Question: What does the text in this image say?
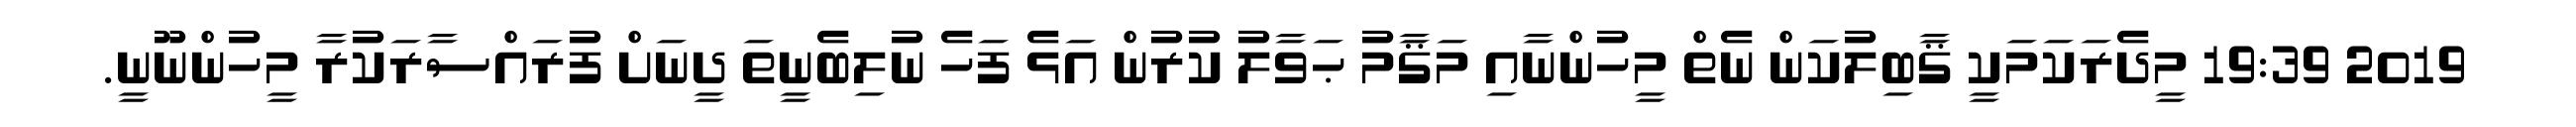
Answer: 2019 19:39 މީދެރަކަމަކީ ޤާބިލުކަން ނެތް މީހުންނާއި މަޤާމު ޙަވާލު ކުރުން އަޅެ ފަހެ ނުލިބެނީތަ ދީނަށް ފުރައްސާރަކުރާ މީހުންނޫނީ.